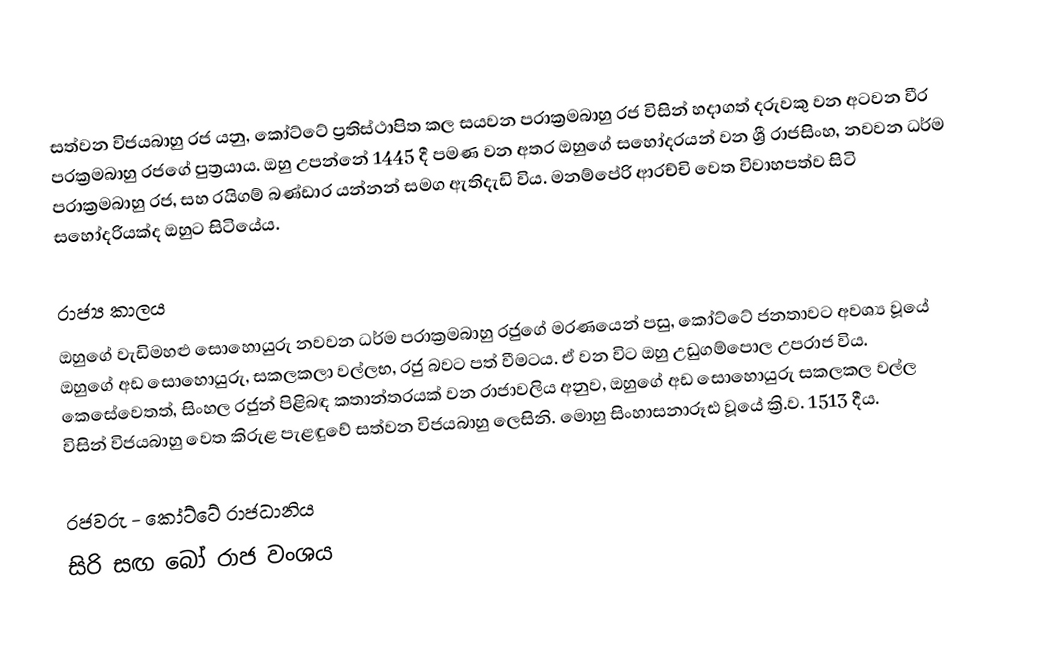
සත්වන විජයබාහු රජ  යනු, කෝට්ටේ ප්‍රතිස්ථාපිත කල සයවන පරාක්‍රමබාහු රජ විසින් හදාගත් දරුවකු වන අටවන වීර පරක්‍රමබාහු රජගේ පුත්‍රයාය. ඔහු උපන්නේ  1445 දී පමණ වන අතර ඔහුගේ සහෝදරයන් වන ශ්‍රී රාජසිංහ, නවවන ධර්ම පරාක්‍රමබාහු රජ, සහ රයිගම් බණ්ඩාර යන්නන් සමග ඇතිදැඩි විය. මනම්පේරි ආරච්චි වෙත විවාහපත්ව සිටි සහෝදරියක්ද ඔහුට සිටියේය.

රාජ්‍ය කාලය
ඔහුගේ වැඩිමහළු සොහොයුරු  නවවන ධර්ම පරාක්‍රමබාහු රජුගේ මරණයෙන් පසු, කෝට්ටේ ජනතාවට අවශ්‍ය වූයේ ඔහුගේ අඩ සොහොයුරු, සකලකලා  වල්ලභ, රජු බවට පත් වීමටය. ඒ වන විට ඔහු උඩුගම්පොල උපරාජ විය. කෙසේවෙතත්, සිංහල රජුන් පිළිබඳ කතාන්තරයක් වන රාජාවලිය අනුව, ඔහුගේ අඩ සොහොයුරු සකලකල වල්ල විසින් විජයබාහු වෙත කිරුළ පැළඳුවේ සත්වන විජයබාහු ලෙසිනි. මොහු සිංහාසනාරූඪ වූයේ ක්‍රි.ව. 1513 දීය.

රජවරු - කෝට්ටේ රාජධානිය
සිරි සඟ බෝ රාජ වංශය